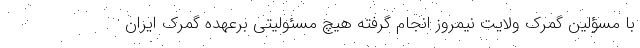
با مسؤلین گمرک ولایت نیمروز انجام گرفته هیچ مسئولیتی برعهده گمرک ایران